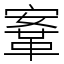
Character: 鞌